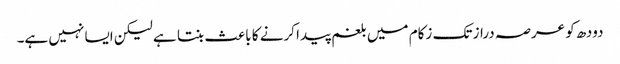
دودھ کو عرصہ دراز تک زکام میں بلغم پیدا کرنے کا باعث بنتا ہے لیکن ایسا نہیں ہے۔